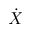
\dot { X }